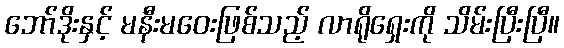
ဘော်ဒိုးနှင့် မနီးမဝေးဖြစ်သည့် လာရိုရှေးကို သိမ်းပြီးပြီ။